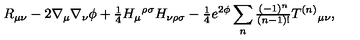
R _ { \mu \nu } - 2 \nabla _ { \mu } \nabla _ { \nu } \phi + { \textstyle \frac { 1 } { 4 } } H _ { \mu } { } ^ { \rho \sigma } H _ { \nu \rho \sigma } - { \textstyle \frac { 1 } { 4 } } e ^ { 2 \phi } \sum _ { n } { \textstyle \frac { ( - 1 ) ^ { n } } { ( n - 1 ) ! } } T ^ { ( n ) } { } _ { \mu \nu } ,